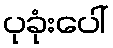
ပုခုံးပေါ်